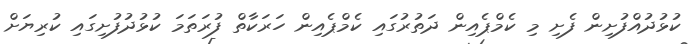
ކުޅުދުއްފުށިން ފެށި މި ކެމްޕެއިން ދަތުރުގައި ކެމްޕެއިން ހަރަކާތް ފުރަތަމަ ކުޅުދުފުށިގައި ކުރިޔަށް